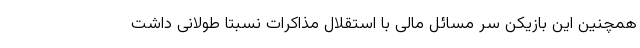
همچنین این بازیکن سر مسائل مالی با استقلال مذاکرات نسبتا طولانی داشت